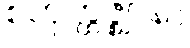
စတုတ္ထဇ္ဈာနာ